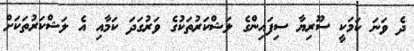
ދެ ވަނަ ކަމަކީ ސޫރިޔާ ސިފައިންގެ ލަޝްކަރުތަކުގެ ވަރުގަދަ ކަމާއި އެ ލަޝްކަރުތަކަށް